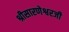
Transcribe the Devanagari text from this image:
श्रीसारणेश्वरजी